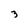
Character: 3